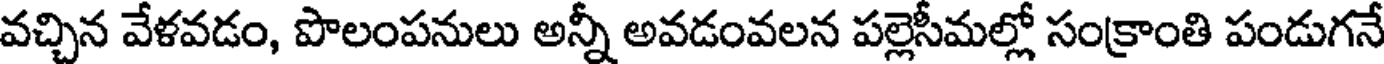
వచ్చిన వేళవడం, పొలంపనులు అన్నీ అవడంవలన పల్లెసీమల్లో సంక్రాంతి పండుగనే